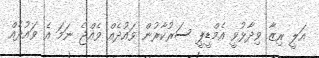
އަލީ ރިޒާ ވިދާޅުވީ އެމްޑީޕީ ސަރުކާރުން ވައުދެއް ވެއްޖެ ނަމަ އެ ވައުދެއް